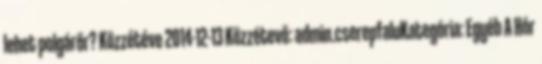
lehet polgárőr? Közzétéve 2014-12-13 Közzétevő: admin.cserepfaluKategória: Egyéb A Hór